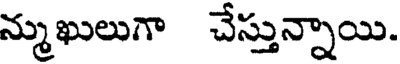
న్ముఖులుగా చేస్తున్నాయి.